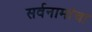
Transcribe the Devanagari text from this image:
सर्वनामांचा